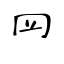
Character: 𦉰